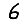
Digit: 6